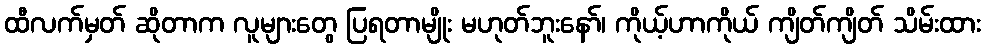
ထီလက်မှတ် ဆိုတာက လူများတွေ ပြရတာမျိုး မဟုတ်ဘူးနော်၊ ကိုယ့်ဟာကိုယ် ကျိတ်ကျိတ် သိမ်းထား